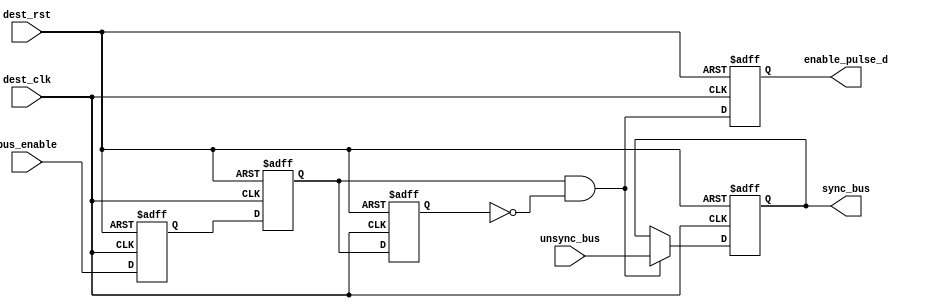
module DATA_SYNC # ( parameter bus_width = 8 )
(
input    wire                      dest_clk,
input    wire                      dest_rst,
input    wire     [bus_width-1:0]  unsync_bus,
input    wire                      bus_enable,
output   reg      [bus_width-1:0]  sync_bus,
output   reg                       enable_pulse_d
);



//internal connections
reg                     meta_flop   ,
                        sync_flop   ,
                        enable_flop ;
					 
wire                    enable_pulse ;

wire  [bus_width-1:0]   sync_bus_c ;
					 
//----------------- double flop synchronizer --------------

always @(posedge dest_clk or negedge dest_rst)
 begin
  if(!dest_rst)      // active low
   begin
    meta_flop <= 1'b0 ;
    sync_flop <= 1'b0 ;	
   end
  else
   begin
    meta_flop <= bus_enable;
    sync_flop <= meta_flop ;
   end  
 end
 

//----------------- pulse generator --------------------

always @(posedge dest_clk or negedge dest_rst)
 begin
  if(!dest_rst)      // active low
   begin
    enable_flop <= 1'b0 ;	
   end
  else
   begin
    enable_flop <= sync_flop ;
   end  
 end

 
assign enable_pulse = sync_flop && !enable_flop ;


//----------------- multiplexing --------------------

assign sync_bus_c =  enable_pulse ? unsync_bus : sync_bus ;  


//----------- destination domain flop ---------------

always @(posedge dest_clk or negedge dest_rst)
 begin
  if(!dest_rst)      // active low
   begin
    sync_bus <= 'b0 ;	
   end
  else
   begin
    sync_bus <= sync_bus_c ;
   end  
 end
 
//--------------- delay generated pulse ------------

always @(posedge dest_clk or negedge dest_rst)
 begin
  if(!dest_rst)      // active low
   begin
    enable_pulse_d <= 1'b0 ;	
   end
  else
   begin
    enable_pulse_d <= enable_pulse ;
   end  
 end
 

endmodule